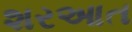
શરઆત